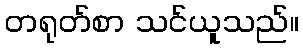
တရုတ်စာ သင်ယူသည်။